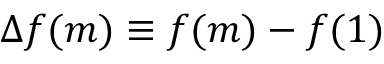
\Delta f ( m ) \equiv f ( m ) - f ( 1 )